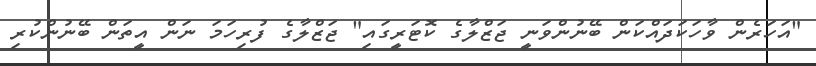
"އަހަރެން ވާހަކަދައްކަން ބޭނުންވަނީ ޖަޒްލާގެ ކޮޓަރީގައި" ޖަޒްލާގެ ފުރިހަމަ ނަން އީތަން ބޭނުންކުރި